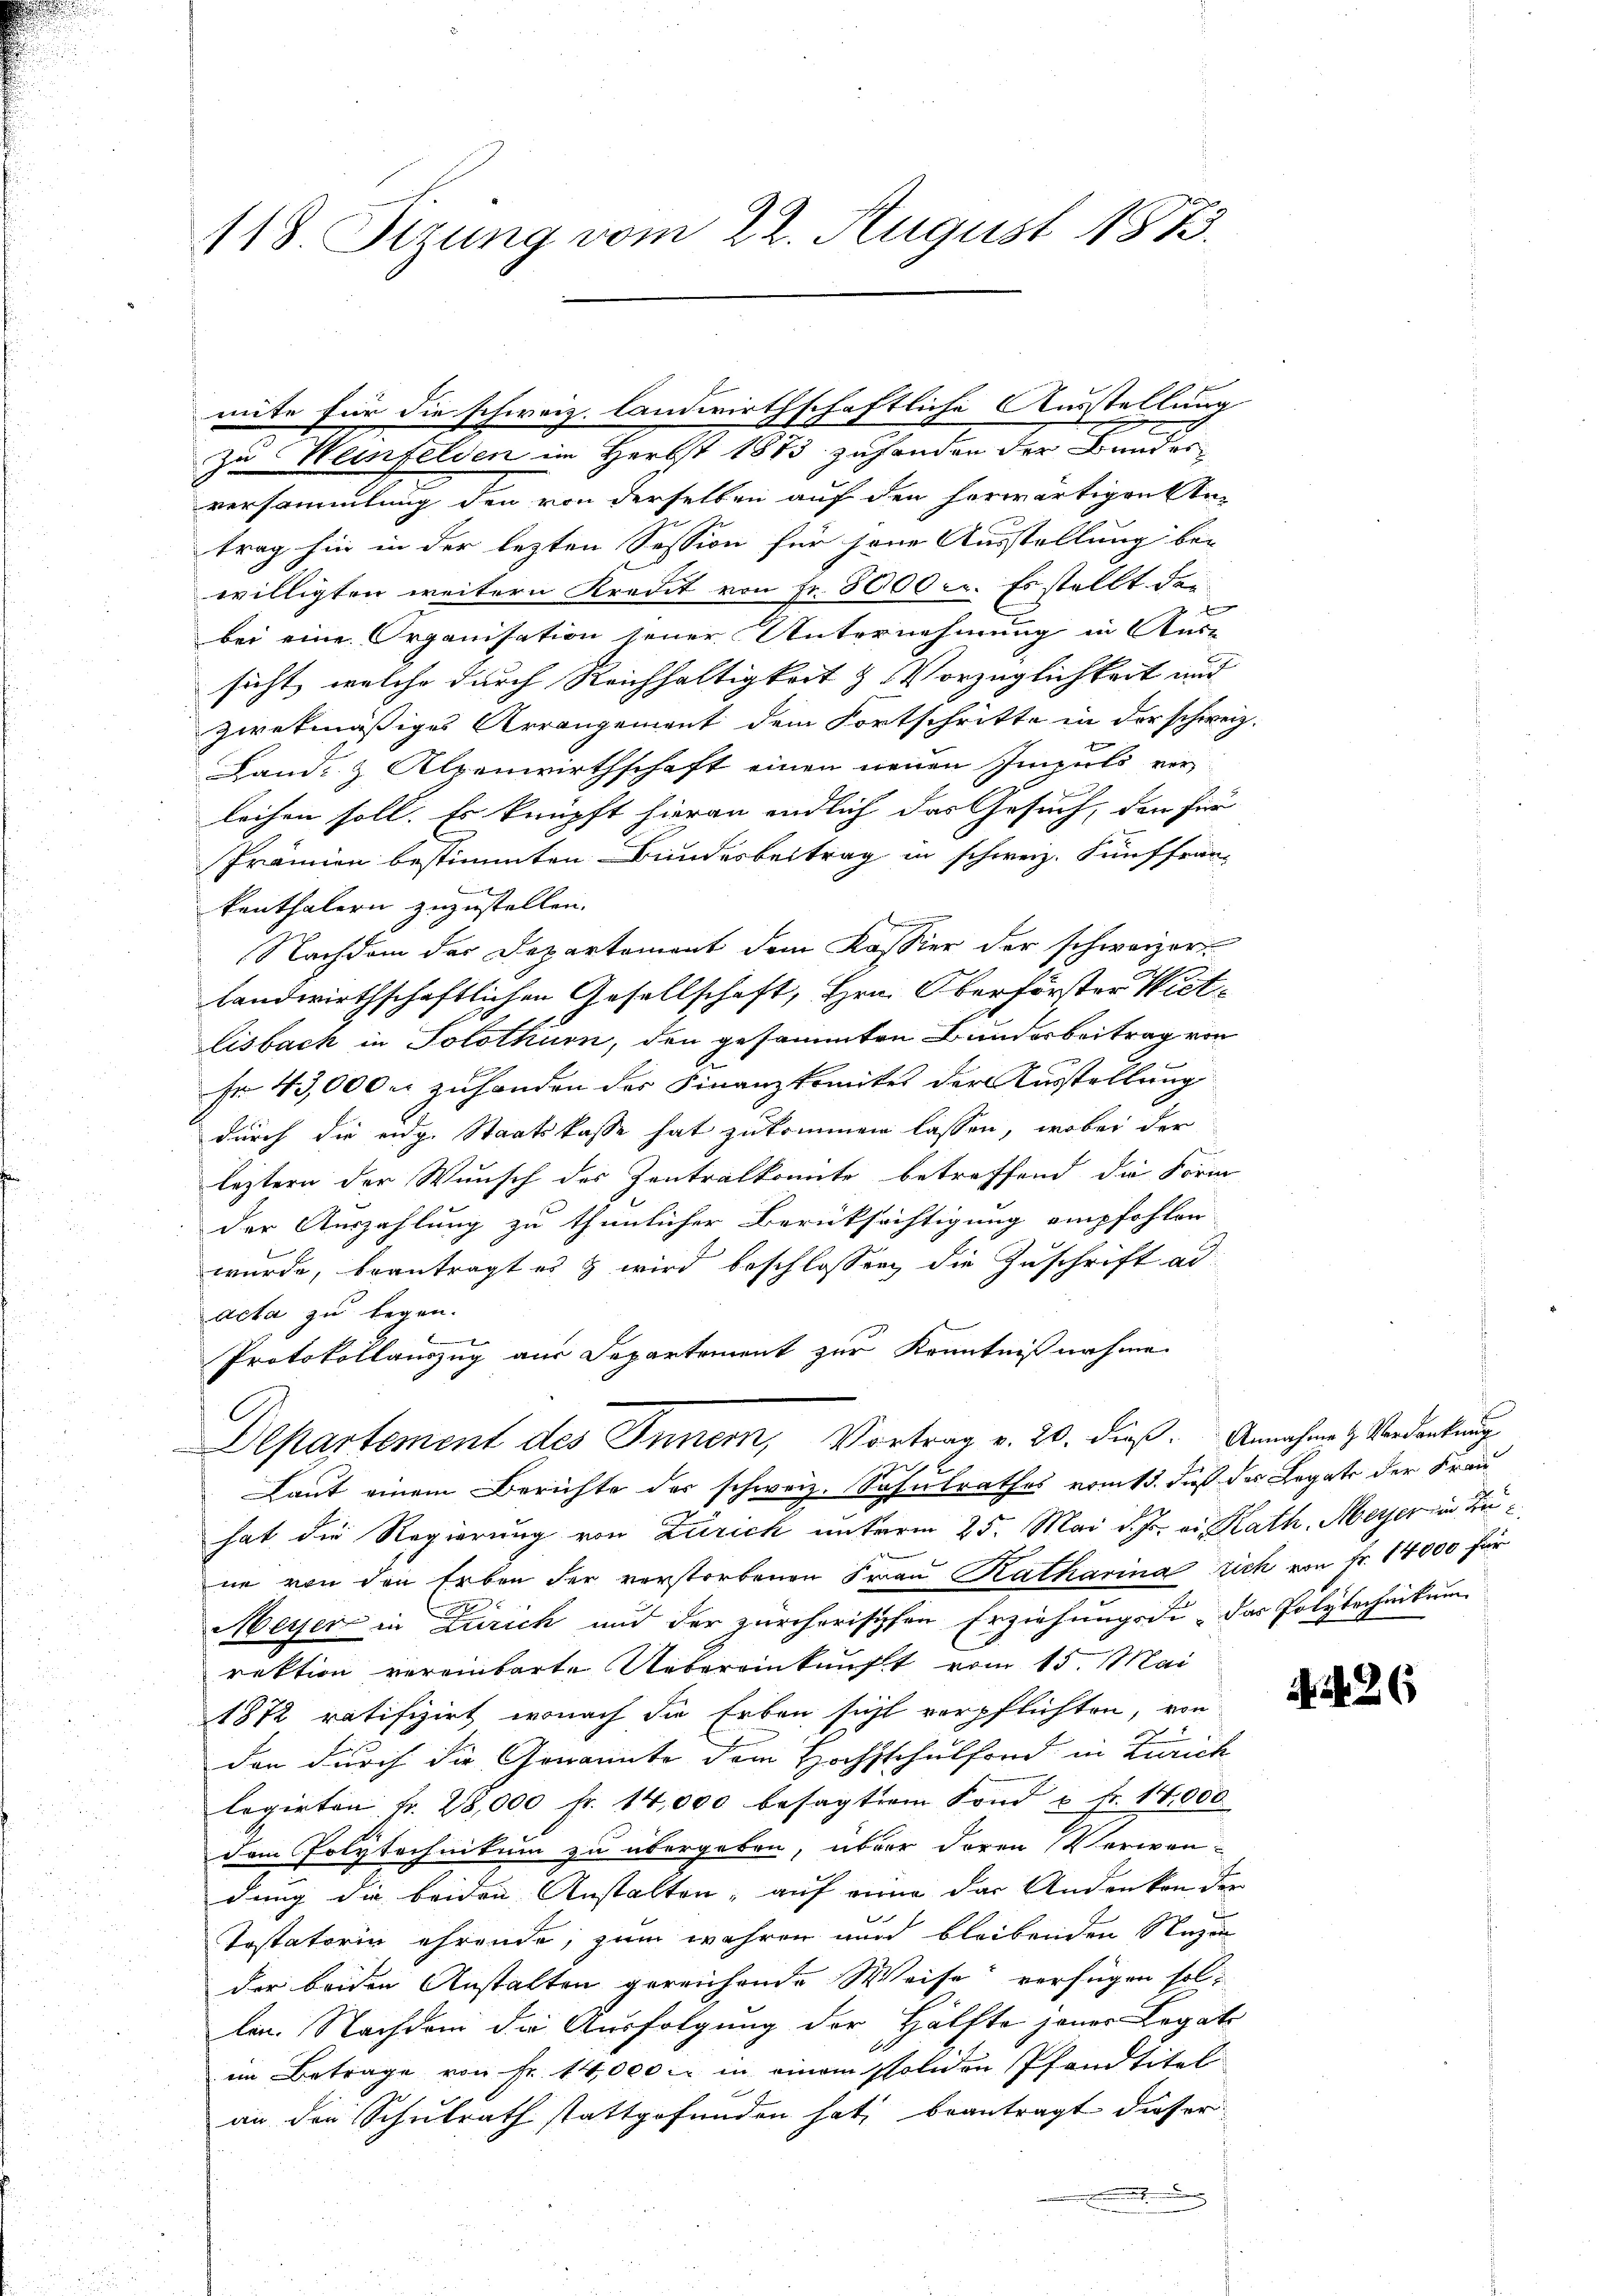
118 Sizung vom 22. August 182.

zu Weinfelden im Herbst 1873 zuhanden der Bundes
versammlung den von derselben auf den herwärtigentutrag hin in der lezten Session für jene Ausstellung be-
willigten weitern Kredit von Fr. 3000. Es stellt der
e
bei eine Organisation jener Unternehmung in Aus-
sicht, welche durch Reichhaltigkeit & Vorzüglichkeit und
zwekmäßiges Arrangement dem Fortschritte in der schweiz.
Land- & Alpenwirthschaft einen neuen Impuls ver
leihen soll. Es knüpft hieran endlich das Gesuch, den für
Prämien bestimmten Bundesbeitrag in schweiz. Fünffranz
2
kanthalern zuzustellen.
Nachdem der Departement dem Kassier der schweizer
landwirthschaftlichen Gesellschaft, Hrn. Oberförster Witlisbach in Solothurn, den gesammten Bunderbeitrag von
Fr. 43,000 u. zuhanden der Finanzkomites der Ausstellung
durch die eidg. Staatskasse hat zukommen lassen, wobei der
.
leztern der Wunsch des Zentralkonnte betreffend die Form
der Auszahlung zu thunlicher Berücksichtigung empfohlen
wurde, beantragt es & wird beschlossen, die Zuschrift ad
acta zu legen.
Protokollauszug aus Departement zur Kenntnißnahme
Departement des Innern, Vortrag v. 20. dieß. Annahme Verdankung
 2.
Laut einem Berichte der schweiz. Schulrathes vom 13. dieß des Legate der Frau
hat die Regierung von Zürich unterm 25. Mai d. Js. ei Rath Meyer in Zune von den Erben der verstorbenen Frau Katharina rich von Fr. 14000 für
Meyer in Zürich und der zürcherischen Erziehungsdi- das Polytechnikum
rektion vereinbarte Uebereinkunft vom 15. Mai
1872 ratifizirt, wonach die Erben sicht verpflichten, von
2
don durch die Genannte dem Hochschulfond in Zürich
legirten fr. 28,000 fr. 14,000 besagtem Fond u. fr. 14,000
dem Polytechnikum zu übergeben, über deren (Verwendung die beiden Anstalten, auf einen das Andenken der
Tostatorin ehrende, zum wahren nun bleibenden Segen
der beiden Anstalten gereichende Weise verfügen sollen. Nachdem die Ausfolgung der Hälfte jener Legate
im Betrage von Fr. 14,000 fr in einem soliden Pfandtitel
an den Schulrath stattgefunden hat, beantragt dieser

mite für die schweiz. landwirthschaftliche Ausstellung
e

426